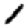
Digit: 1